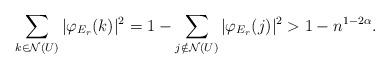
LaTeX: \begin{align*}\sum_{k\in \mathcal{N}(U)} |\varphi_{E_r}(k)|^2 = 1- \sum_{j\notin \mathcal{N}(U)} |\varphi_{E_r}(j)|^2 > 1 - n^{1-2\alpha}.\end{align*}